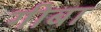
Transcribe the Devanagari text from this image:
गीबा